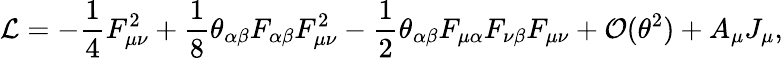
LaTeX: {\cal L}=-\frac 14F_{\mu\nu}^{2}+\frac 18\theta_{\alpha\beta}F_{\alpha\beta}F_{\mu\nu}^{2}-\frac 12\theta_{\alpha\beta}F_{\mu\alpha}F_{\nu\beta}F_{\mu\nu}+{\cal O}(\theta^{2})+A_{\mu}J_{\mu},